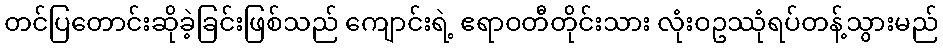
တင်ပြတောင်းဆိုခဲ့ခြင်းဖြစ်သည် ကျောင်းရဲ့ ဧရာဝတီတိုင်းသား လုံးဝဥဿုံရပ်တန့်သွားမည်